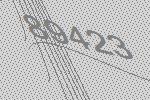
89423